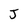
Character: J